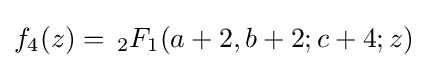
f_{4}(z)=\,_{2}F_{1}(a+2,b+2;c+4;z)